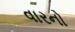
વારનો